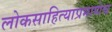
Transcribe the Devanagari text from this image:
लोकसाहित्याप्रमाणेच